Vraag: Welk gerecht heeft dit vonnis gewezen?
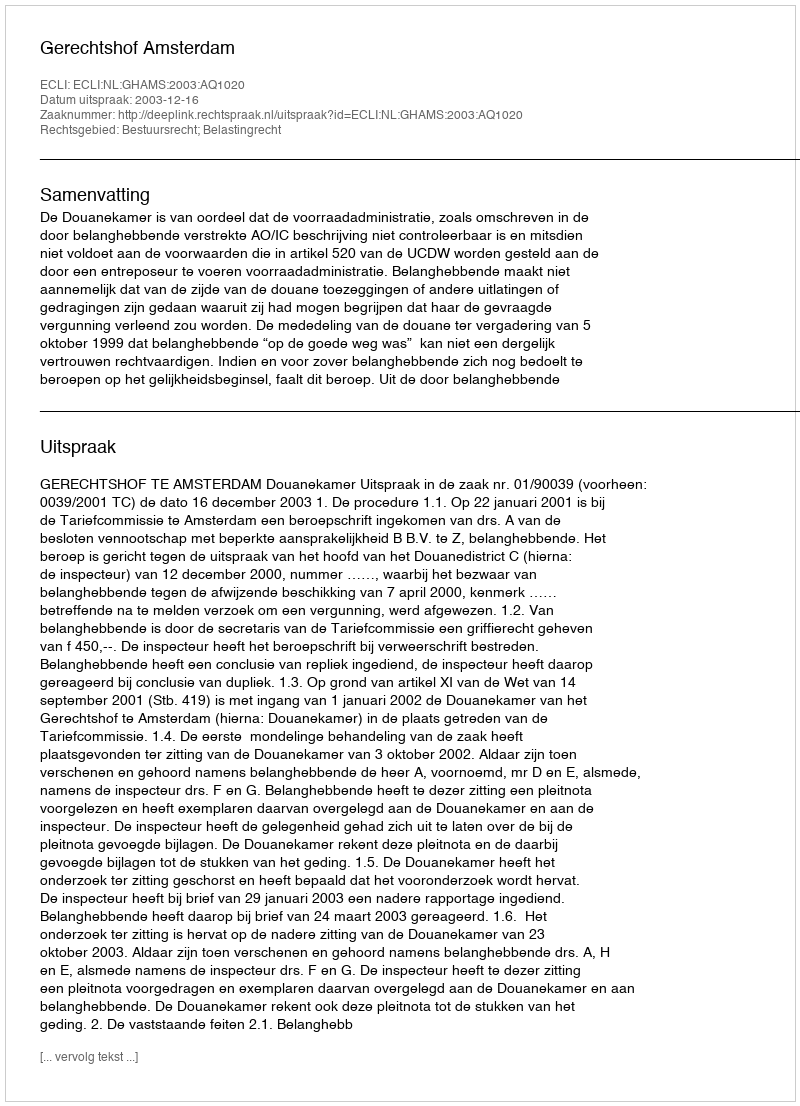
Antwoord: Gerechtshof Amsterdam